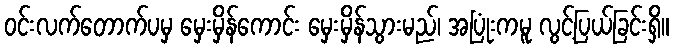
ဝင်းလက်တောက်ပမှ မှေးမှိန်ကောင်း မှေးမှိန်သွားမည်၊ အပြုံးကမူ လွင့်ပြယ်ခြင်းရှိ။